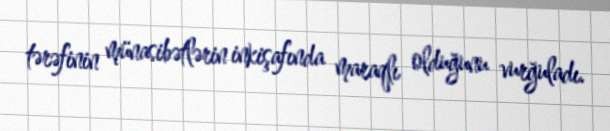
tərəfinin münasibətlərin inkişafında maraqlı olduğunu vurğuladı.